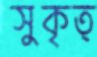
সুকৃত্